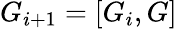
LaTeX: G_{i+1}=[G_{i},G]